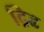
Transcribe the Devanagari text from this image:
द्रिढ